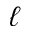
\ell